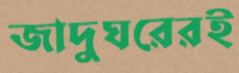
জাদুঘরেরই